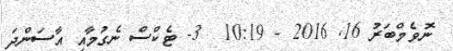
ނޮވެމްބަރު 16